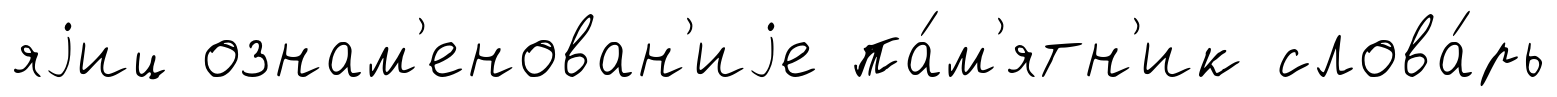
яjиц ознам'енован'иjе па́м'ятн'ик слова́рь